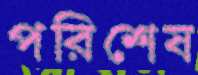
পরিশেষ